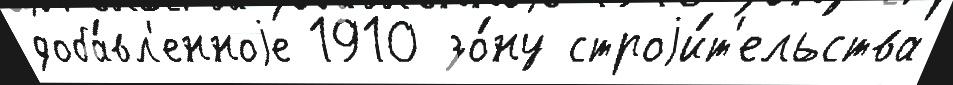
доба́вл'енноjе 1910 зо́ну строjи́т'ельства